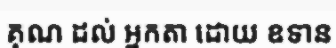
គុណ ដល់ អ្នកតា ដោយ ឧទាន